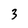
Character: 3